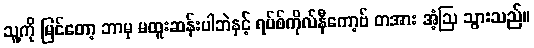
သူ့ကို မြင်တော့ ဘာမှ မထူးဆန်းပါဘဲနှင့် ရပ်စ်ကိုလ်နီကော့ဗ် တအား အံ့ဩ သွားသည်။